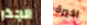
الجذر اخيرة